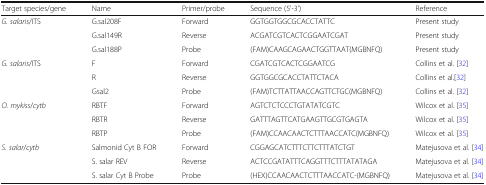
<table><thead><tr><td><b>Target species/gene</b></td><td><b>Name</b></td><td><b>Primer/probe</b></td><td><b>Sequence (5&#x27;-3&#x27;)</b></td><td><b>Reference</b></td></tr></thead><tbody><tr><td rowspan="3"><i>G. salaris</i>/ITS</td><td>G.sal208F</td><td>Forward</td><td>GGTGGTGGCGCACCTATTC</td><td>Present study</td></tr><tr><td>G.sal149R</td><td>Reverse</td><td>ACGATCGTCACTCGGAATCGAT</td><td>Present study</td></tr><tr><td>G.sal188P</td><td>Probe</td><td>(FAM)CAAGCAGAACTGGTTAAT(MGBNFQ)</td><td>Present study</td></tr><tr><td rowspan="3"><i>G. salaris</i>/ITS</td><td>F</td><td>Forward</td><td>CGATCGTCACTCGGAATCG</td><td>Collins et al. [32]</td></tr><tr><td>R</td><td>Reverse</td><td>GGTGGCGCACCTATTCTACA</td><td>Collins et al.[32]</td></tr><tr><td>Gsal2</td><td>Probe</td><td>(FAM)TCTTATTAACCAGTTCTGC(MGBNFQ)</td><td>Collins et al. [32]</td></tr><tr><td rowspan="3"><i>O. mykiss</i>/<i>cytb</i></td><td>RBTF</td><td>Forward</td><td>AGTCTCTCCCTGTATATCGTC</td><td>Wilcox et al. [35]</td></tr><tr><td>RBTR</td><td>Reverse</td><td>GATTTAGTTCATGAAGTTGCGTGAGTA</td><td>Wilcox et al. [35]</td></tr><tr><td>RBTP</td><td>Probe</td><td>(FAM)CCAACAACTCTTTAACCATC(MGBNFQ)</td><td>Wilcox et al. [35]</td></tr><tr><td rowspan="3"><i>S. salar</i>/<i>cytb</i></td><td>Salmonid Cyt B FOR</td><td>Forward</td><td>CGGAGCATCTTTCTTCTTTATCTGT</td><td>Matejusova et al. [34]</td></tr><tr><td>S. salar REV</td><td>Reverse</td><td>ACTCCGATATTTCAGGTTTCTTTATATAGA</td><td>Matejusova et al. [34]</td></tr><tr><td>S. salar Cyt B Probe</td><td>Probe</td><td>(HEX)CCAACAACTCTTTAACCATC-(MGBNFQ)</td><td>Matejusova et al. [34]</td></tr></tbody></table>